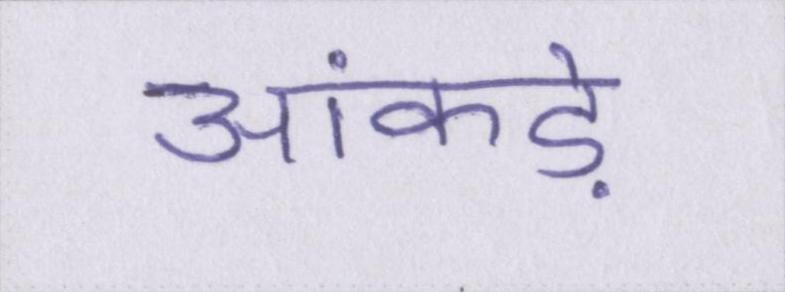
आंकड़े